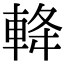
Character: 𨋪